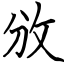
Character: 攽